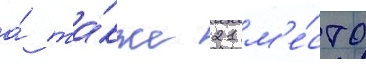
а́ та́кже 21 м'е́сто